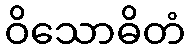
ဝိသောဓိတံ